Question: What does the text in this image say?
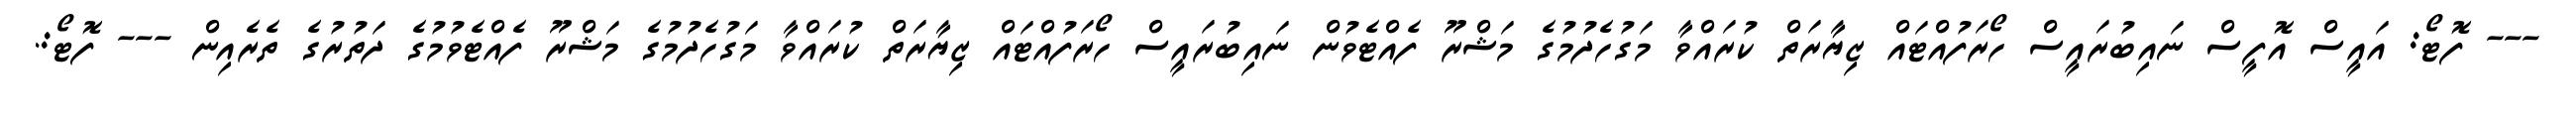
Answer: --- ފޮޓޯ: އައީސް އޮފީސް ނައިބުރައީސް ހޯރަފުއްޓައް ޒިޔާރަތް ކުރައްވާ މަގުހެދުމުގެ މަޝްރޫ ފެއްޓެވުން ނައިބުރައީސް ހޯރަފުއްޓައް ޒިޔާރަތް ކުރައްވާ މަގުހެދުމުގެ މަޝްރޫ ފެއްޓެވުމުގެ ދަތުރުގެ ތެރެއިން --- ފޮޓޯ:.